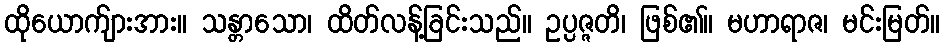
ထိုယောက်ျားအား။ သန္တာသော၊ ထိတ်လန့်ခြင်းသည်။ ဥပ္ပဇ္ဇတိ၊ ဖြစ်၏။ မဟာရာဇ၊ မင်းမြတ်။